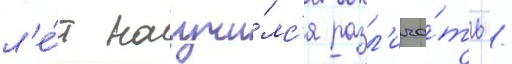
л'е́т научи́лс'я разл'ича́ть /